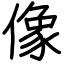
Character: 像